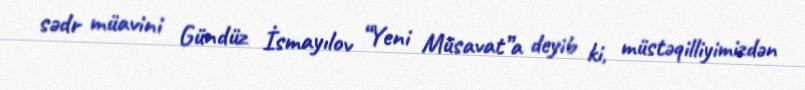
sədr müavini Gündüz İsmayılov “Yeni Müsavat”a deyib ki, müstəqilliyimizdən